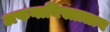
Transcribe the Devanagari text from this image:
अफगानिस्तातान